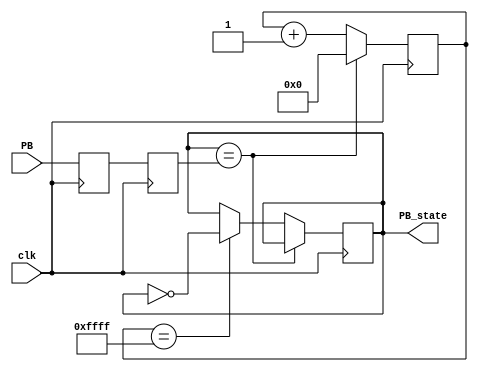
module debouncer(input clk, input PB, output reg PB_state);

	// Synchronize the switch input to the clock
	reg PB_sync_0;
	always @(posedge clk) PB_sync_0 <= PB; 
	reg PB_sync_1;
	always @(posedge clk) PB_sync_1 <= PB_sync_0;

	// Debounce the switch
	reg [15:0] PB_cnt;
	always @(posedge clk)
	if(PB_state==PB_sync_1)
		 PB_cnt <= 0;
	else
	begin
		 PB_cnt <= PB_cnt + 1'b1;  
		 if(PB_cnt == 16'hffff) PB_state <= ~PB_state;  
	end
	
endmodule